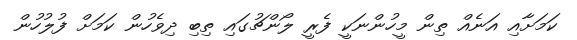
ކަމަށާއި އަނެއް ތިން މީހުންނަކީ ފެރީ ލޯންޗުގައި ތިބި ދިވެހުން ކަމަށް ފުލުހުން